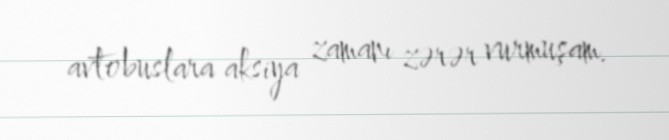
avtobuslara aksiya zamanı zərər vurmuşam.